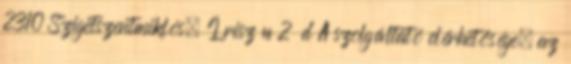
2310 Szigetszentmiklós, Írisz u 2 d A szolgáltató elérhetősége, az